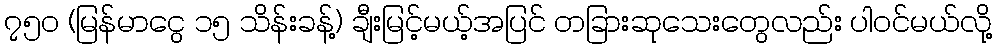
၇၅၀ (မြန်မာငွေ ၁၅ သိန်းခန့်) ချီးမြင့်မယ့်အပြင် တခြားဆုသေးတွေလည်း ပါဝင်မယ်လို့